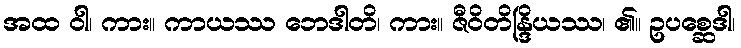
အထ ဝါ၊ ကား။ ကာယဿ ဘေဒါတိ၊ ကား။ ဇီဝိတိန္ဒြိယဿ၊ ၏။ ဥပစ္ဆေဒါ၊